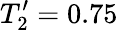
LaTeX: T_{2}^{\prime}=0.75